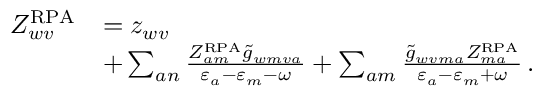
\begin{array} { r l } { Z _ { w v } ^ { \mathrm { R P A } } } & { = z _ { w v } } \\ & { + \sum _ { a n } \frac { Z _ { a m } ^ { \mathrm { R P A } } \tilde { g } _ { w m v a } } { \varepsilon _ { a } - \varepsilon _ { m } - \omega } + \sum _ { a m } \frac { \tilde { g } _ { w v m a } Z _ { m a } ^ { \mathrm { R P A } } } { \varepsilon _ { a } - \varepsilon _ { m } + \omega } \, . } \end{array}